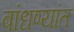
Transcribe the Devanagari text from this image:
बांधण्यांत